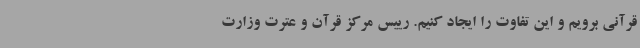
قرآنی برویم و این تفاوت را ایجاد کنیم. رییس مرکز قرآن ‌و عترت وزارت